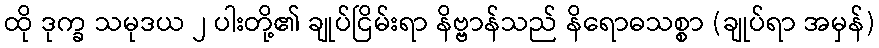
ထို ဒုက္ခ သမုဒယ ၂ ပါးတို့၏ ချုပ်ငြိမ်းရာ နိဗ္ဗာန်သည် နိရောဓသစ္စာ (ချုပ်ရာ အမှန်)